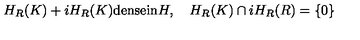
H _ { R } ( K ) + i H _ { R } ( K ) \mathrm { d e n s e i n } H , \quad H _ { R } ( K ) \cap i H _ { R } ( R ) = \left\{ 0 \right\}